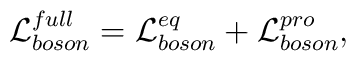
{\cal L}^{full}_{boson}={\cal L}^{eq}_{boson}+{\cal L}^{pro}_{boson},